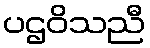
ပဌဝိသညီ